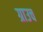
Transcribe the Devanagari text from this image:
ग्राउच